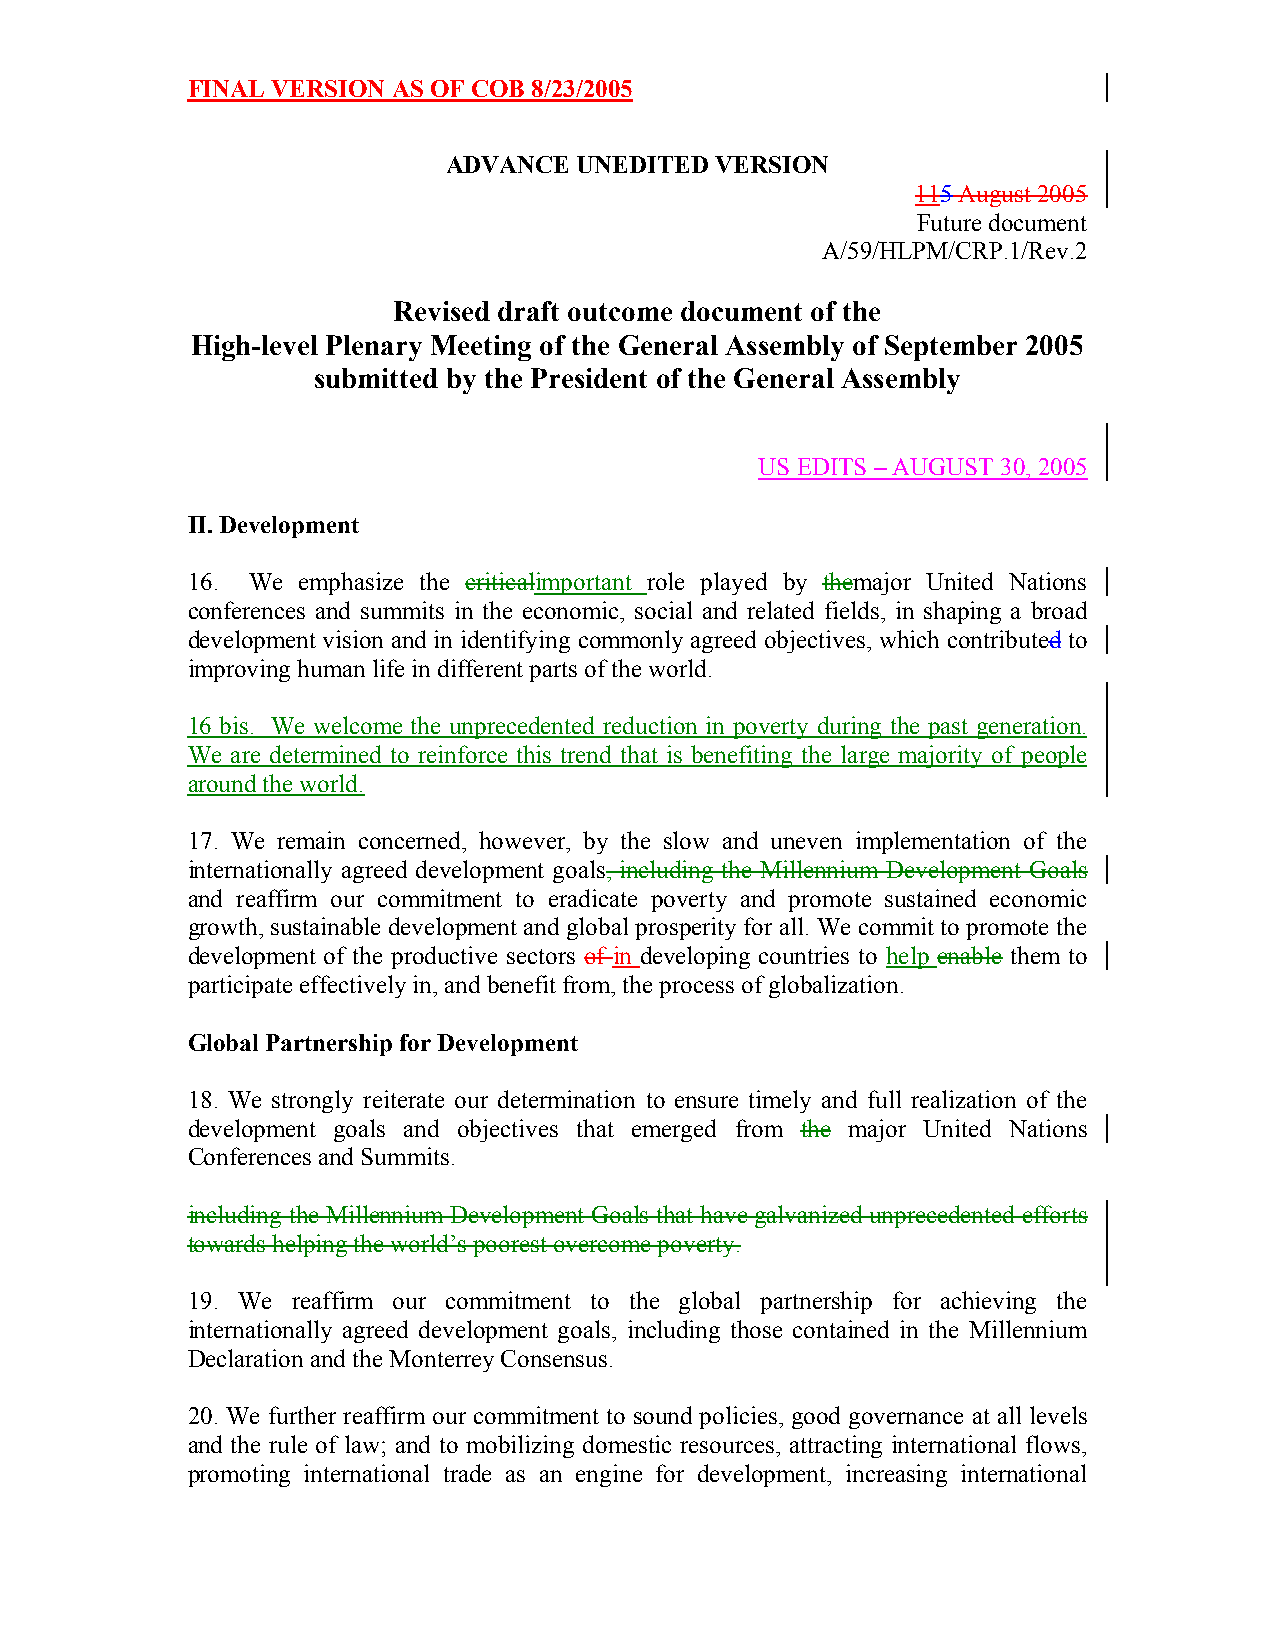
FINAL VERSION AS OF COB 8/23/2005
 ADVANCE UNEDITED VERSION
 115 August 2005
 Future document
 A/59/HLPM/CRP.1/Rev.2
 Revised draft outcome document of the
 High-level Plenary Meeting of the General Assembly of September 2005
 submitted by the President of the General Assembly
 US EDITS – AUGUST 30, 2005
 II. Development
 16. We  emphasize the criticalimportant role played by themajor United Nations
 conferences and summits in the economic, social and related fields, in shaping a broad
 development vision and in identifying commonly agreed objectives, which contributed to
 improving human life in different parts of the world.
 16 bis. We welcome the unprecedented reduction in poverty during the past generation.
 We are determined to reinforce this trend that is benefiting the large majority of people
 around the world.
 17. We remain concerned, however, by the slow and uneven implementation of the
 internationally agreed development goals, including the Millennium Development Goals
 and reaffirm our commitment to eradicate poverty and promote sustained economic
 growth, sustainable development and global prosperity for all. We commit to promote the
 development of the productive sectors of in developing countries to help enable them to
 participate effectively in, and benefit from, the process of globalization.
 Global Partnership for Development
 18. We strongly reiterate our determination to ensure timely and full realization of the
 development goals and objectives that emerged from the major United Nations
 Conferences and Summits.
 including the Millennium Development Goals that have galvanized unprecedented efforts
 towards helping the world’s poorest overcome poverty.
 19. We reaffirm our commitment to the global partnership for achieving the
 internationally agreed development goals, including those contained in the Millennium
 Declaration and the Monterrey Consensus.
 20. We further reaffirm our commitment to sound policies, good governance at all levels
 and the rule of law; and to mobilizing domestic resources, attracting international flows,
 promoting international trade as an engine for development, increasing international